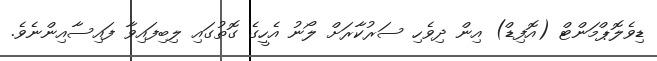
ޑިވެލޮޕްމަންޓް (އޮފިޑް) އިން ދިވެހި ސަރުކާރަށް ލޯނު އެހީގެ ގޮތުގައި ލިބިފައިވާ ފައިސާއިންނެވެ.